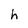
Character: h